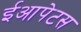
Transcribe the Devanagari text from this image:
ईआपेटस